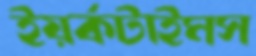
ইয়র্কটাইমস